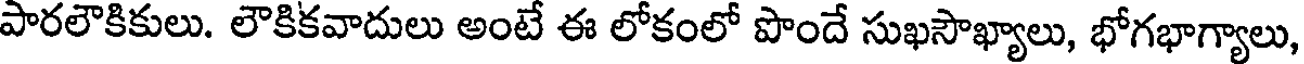
పారలౌకికులు. లౌకికవాదులు అంటే ఈ లోకంలో పొందే సుఖసౌఖ్యాలు, భోగభాగ్యాలు,